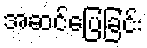
အဆင်ပြေခြင်း